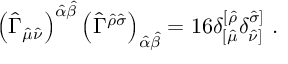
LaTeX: \left( \hat { \Gamma } _ { \hat { \mu } \hat { \nu } } \right) ^ { \hat { \alpha } \hat { \beta } } \left( \hat { \Gamma } ^ { \hat { \rho } \hat { \sigma } } \right) _ { \hat { \alpha } \hat { \beta } } = 1 6 \delta _ { [ \hat { \mu } } ^ { [ \hat { \rho } } \delta _ { \hat { \nu } ] } ^ { \hat { \sigma } ] } \ .